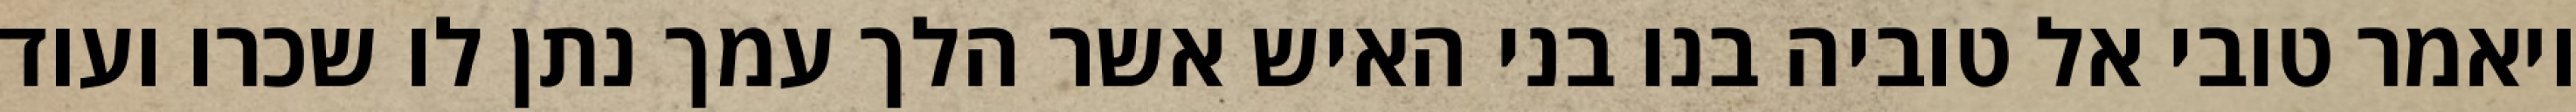
ויאמר טובי אל טוביה בנו בני האיש אשר הלך עמך נתן לו שכרו ועוד